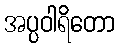
အပ္ပဝါရိတော